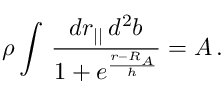
\rho \int \, \frac { d r _ { | | } \, d ^ { 2 } b } { 1 + e ^ { \frac { r - R _ { A } } { h } } } = A \, .